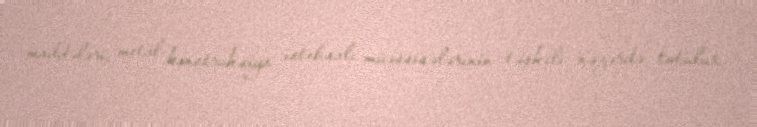
maddələri, metal konstruksiya istehsalı müəssisələrinin təşkili nəzərdə tutulur.